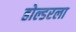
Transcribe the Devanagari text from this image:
होल्डरला